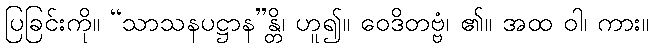
ပြခြင်းကို။ “သာသနပဋ္ဌာန”န္တိ၊ ဟူ၍။ ဝေဒိတဗ္ဗံ၊ ၏။ အထ ဝါ၊ ကား။